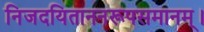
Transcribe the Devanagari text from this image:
निजदयिताननरूपसमानम्।